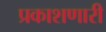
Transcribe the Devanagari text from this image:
प्रकाशणारी